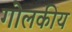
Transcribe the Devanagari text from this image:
गोलकीय